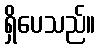
ရှိပေသည်။